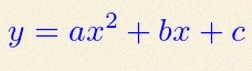
y=ax^2+bx+c